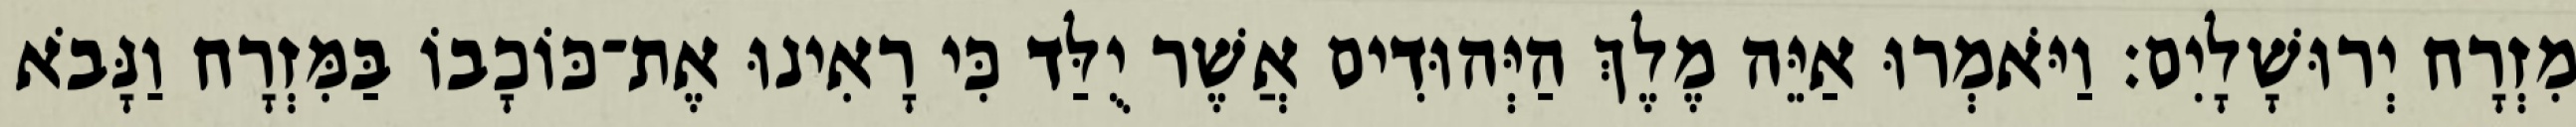
מִזְרָח יְרוּשָׁלָיִם׃ וַיֹּאמְרוּ אַיֵּה מֶלֶךְ הַיְּהוּדִים אֲשֶׁר יֻלַּד כִּי רָאִינוּ אֶת־כּוֹכָבוֹ בַּמִּזְרָח וַנָּבֹא